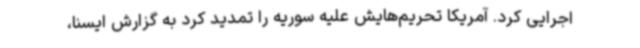
اجرایی کرد. آمریکا تحریم‌هایش علیه سوریه را تمدید کرد به گزارش ایسنا،